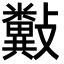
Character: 𣀲